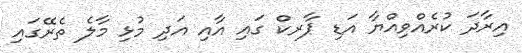
އިރާދަ ކުރެއްވިއްޔާ އަޑި ޕާރކް ގައި އާއި އަދި މުޅި މާލެ ތެރޭގައި